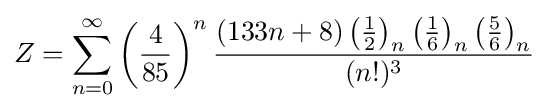
Z=\sum _{n=0}^{\infty }\left({\frac {4}{85}}\right)^{n}{\frac {(133n+8)\left({\frac {1}{2}}\right)_{n}\left({\frac {1}{6}}\right)_{n}\left({\frac {5}{6}}\right)_{n}}{(n!)^{3}}}